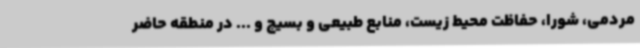
مردمی، شورا، حفاظت محیط زیست، منابع طبیعی و بسیج و ... در منطقه حاضر